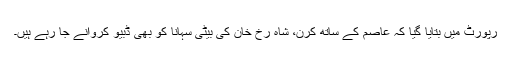
رپورٹ میں بتایا گیا کہ عاصم کے ساتھ کرن، شاہ رخ خان کی بیٹی سہانا کو بھی ڈبیو کروانے جا رہے ہیں۔